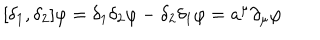
LaTeX: [ \delta _ { 1 } , \delta _ { 2 } ] \varphi = \delta _ { 1 } \delta _ { 2 } \varphi - \delta _ { 2 } \delta _ { 1 } \varphi = a ^ { \mu } \partial _ { \mu } \varphi